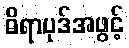
ဓိရာပုဒ်အဖွင့်